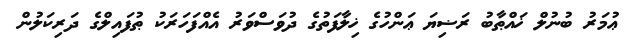
ޢުމަރު ބުނުލް ޚައްޠާބު ރަޟިޔަ ޢަންހުގެ ޚިލާފަތުގެ ދުވަސްވަރު އެއްފަހަރަކު ޠުފައިލްގެ ދަރިކަލުން